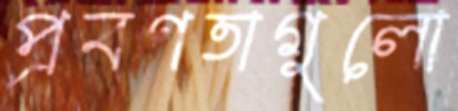
প্রবণতাগুলো